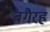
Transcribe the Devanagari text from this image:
बगैरह